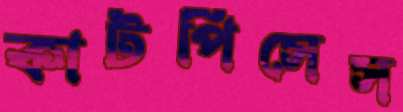
কাটপিসেস